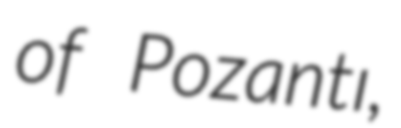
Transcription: of Pozantı,